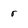
Character: r